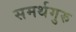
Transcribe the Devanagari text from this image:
समर्थगुरु